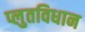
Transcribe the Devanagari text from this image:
प्लुतविधान